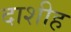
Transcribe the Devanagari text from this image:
दाशीह